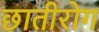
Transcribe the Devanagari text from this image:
छातीरोग